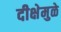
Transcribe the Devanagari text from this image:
दीक्षेमुळे